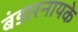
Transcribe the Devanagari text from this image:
बंडारनायके